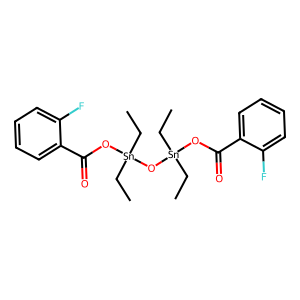
SMILES: CC[Sn](CC)(OC(=O)c1ccccc1F)O[Sn](CC)(CC)OC(=O)c1ccccc1F
Inhibits HIV replication: No